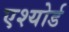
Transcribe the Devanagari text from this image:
एश्योर्ड